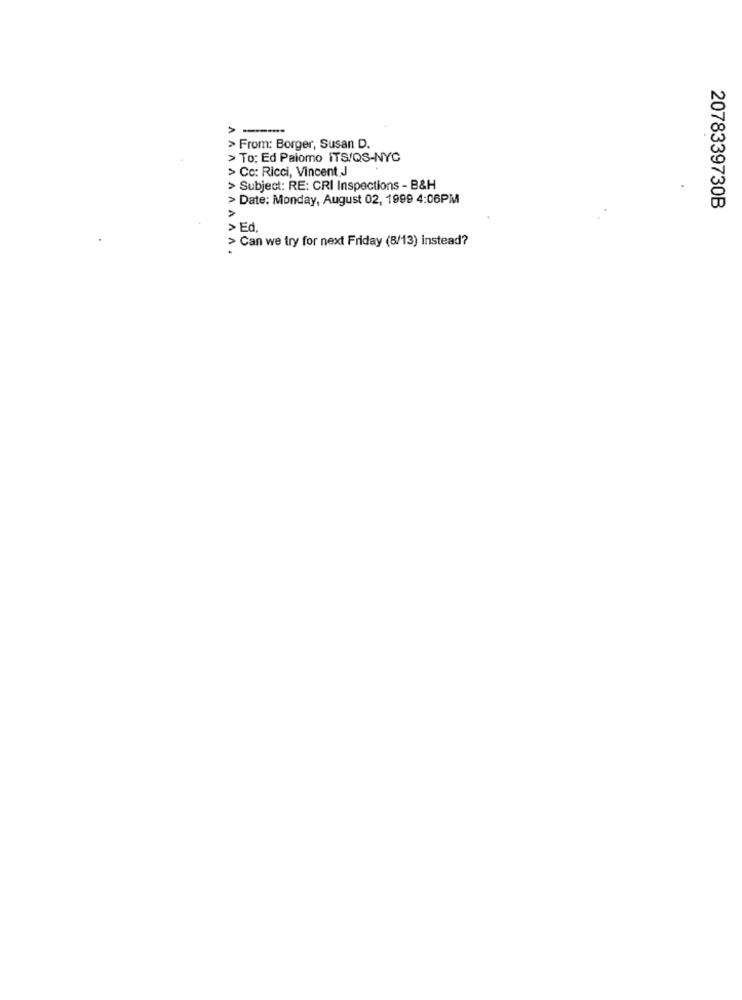
----
> From: Borger, Susan D.
> To: Ed Palomo ITS/QS-NYC
> Cc: Ricci, Vincent J
> Subject: RE: CRI Inspections - B&H
> Date: Monday, August 02, 1999 4:06PM
>
2078339730B
> Ed.
> Can we try for next Friday (8/13) instead?